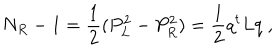
N _ { R } - 1 = \frac { 1 } { 2 } ( P _ { L } ^ { 2 } - P _ { R } ^ { 2 } ) = \frac { 1 } { 2 } q ^ { t } L q \ ,